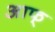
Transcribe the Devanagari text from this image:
आफ्‌